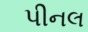
પીનલ